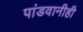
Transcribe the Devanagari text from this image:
पांडवानीही